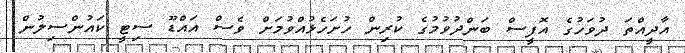
އާދީއްތަ ދުވަހުގެ އޮފީސް ބަންދުވުމުގެ ކުރިން ހުށަހެޅުއްވުމަށް ވެސް އައްޑޫ ސިޓީ ކައުންސިލުން